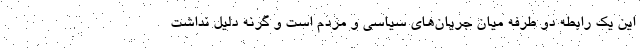
این یک رابطه دو طرفه میان جریان‌های سیاسی و مردم است و گرنه دلیل نداشت